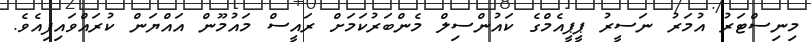
މިނިސްޓަރު އުމަރު ނަސީރު ޕީޕީއެމްގެ ކައުންސިލް މެންބަރުކަމަށް ރައީސް މައުމޫން އައްޔަން ކުރައްވައިފިއެވެ.